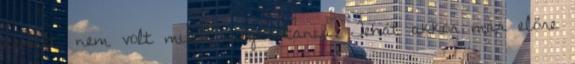
került, nem volt miből megtartania. Tehát akkor már előre